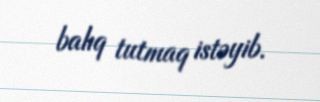
balıq tutmaq istəyib.